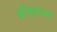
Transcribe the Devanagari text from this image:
वेलिंक्षत्रम्